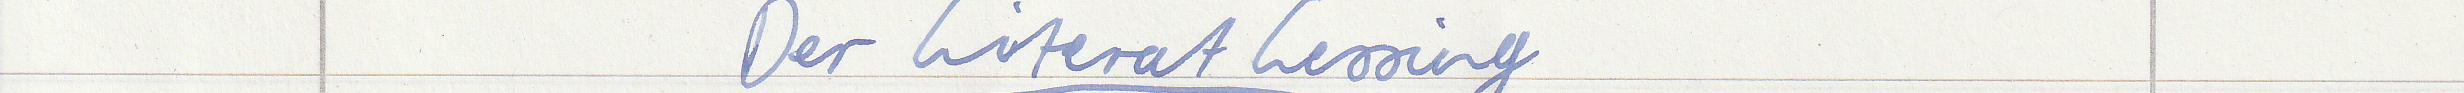
Der Literat Lessing